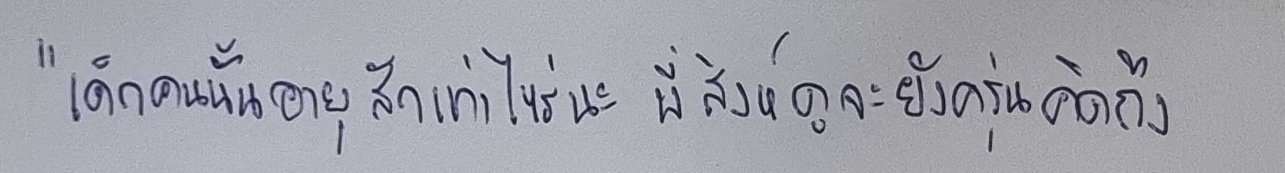
"เด็กคนนั้นอายุสักเท่าไหร่นะพี่สิงห์ดูจะยังครุ่นคิดถึง